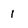
Character: 1